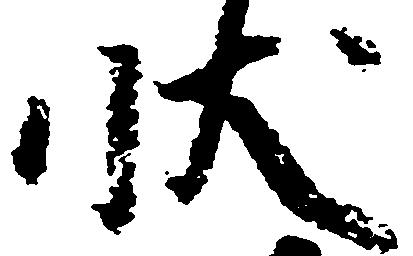
状